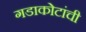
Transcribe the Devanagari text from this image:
गडाकोटांची